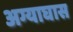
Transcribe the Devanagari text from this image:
अग्याघास